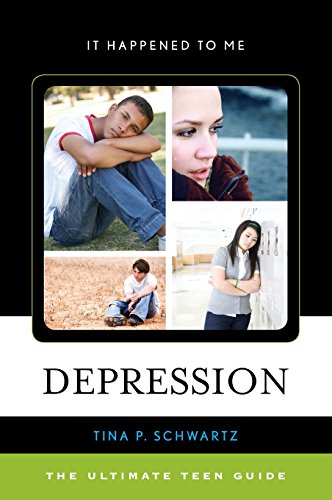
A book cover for Depression: The Ultimate Teen Guide (It Happened to Me); Tina P. Schwartz; Teen & Young Adult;